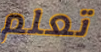
تعلم